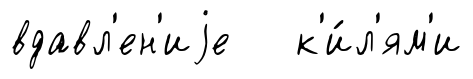
вдавл'ен'иjе к'и́л'ям'и